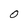
Character: O